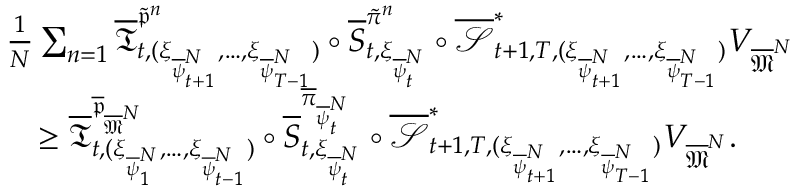
\begin{array} { r l } & { \frac 1 N \sum _ { n = 1 } \overline { \mathfrak { T } } _ { t , ( \xi _ { \overline { { \psi } } _ { t + 1 } ^ { N } } , \dots , \xi _ { \overline { { \psi } } _ { T - 1 } ^ { N } } ) } ^ { \tilde { \mathfrak { p } } ^ { n } } \circ \overline { S } _ { t , \xi _ { \overline { { \psi } } _ { t } ^ { N } } } ^ { \tilde { \pi } ^ { n } } \circ \overline { \mathcal { S } } _ { t + 1 , T , ( \xi _ { \overline { { \psi } } _ { t + 1 } ^ { N } } , \dots , \xi _ { \overline { { \psi } } _ { T - 1 } ^ { N } } ) } ^ { * } V _ { \overline { \mathfrak { M } } ^ { N } } } \\ & { \quad \ge \overline { \mathfrak { T } } _ { t , ( \xi _ { \overline { { \psi } } _ { 1 } ^ { N } } , \dots , \xi _ { \overline { { \psi } } _ { t - 1 } ^ { N } } ) } ^ { \overline { \mathfrak { p } } _ { \overline { \mathfrak { M } } ^ { N } } } \circ \overline { S } _ { t , \xi _ { \overline { { \psi } } _ { t } ^ { N } } } ^ { \overline { \pi } _ { \overline { { \psi } } _ { t } ^ { N } } } \circ \overline { { \mathcal { S } } } _ { t + 1 , T , ( \xi _ { \overline { { \psi } } _ { t + 1 } ^ { N } } , \dots , \xi _ { \overline { { \psi } } _ { T - 1 } ^ { N } } ) } ^ { * } V _ { \overline { \mathfrak { M } } ^ { N } } . } \end{array}